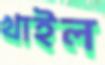
খাইল